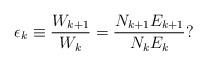
LaTeX: \begin{align*}\epsilon_k \equiv \frac{W_{k+1}}{W_k} = \frac {N_{k+1} E_{k+1}}{N_k E_k}?\end{align*}